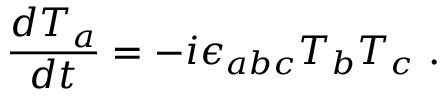
\frac { d T _ { a } } { d t } = - i \epsilon _ { a b c } T _ { b } T _ { c } ~ .